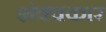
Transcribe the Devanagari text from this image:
शंक्वकार